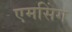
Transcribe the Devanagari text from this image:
एमसिंग